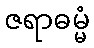
ဇရာဓမ္မံ